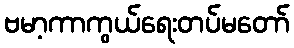
ဗမာ့ကာကွယ်ရေးတပ်မတော်